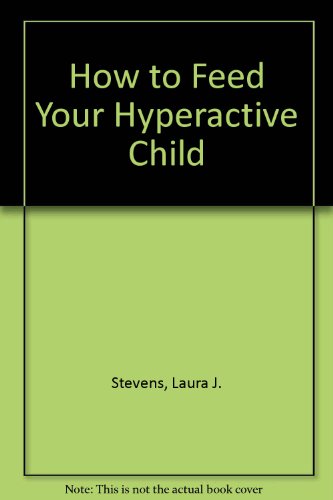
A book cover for How to Feed Your Hyperactive Child; Laura J. Stevens; Health, Fitness & Dieting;